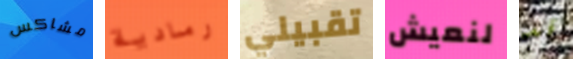
مشاكس رمادية تقبيلي لنعيش قد